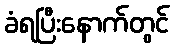
ခံရပြီးနောက်တွင်